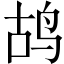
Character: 鸪